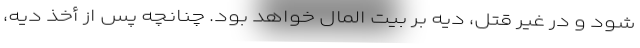
شود و در غیر قتل، دیه بر بیت المال خواهد بود. چنانچه پس از أخذ دیه،